On kala azar, malaria and malarial cachexia - Number 19
Disease focus: Malaria
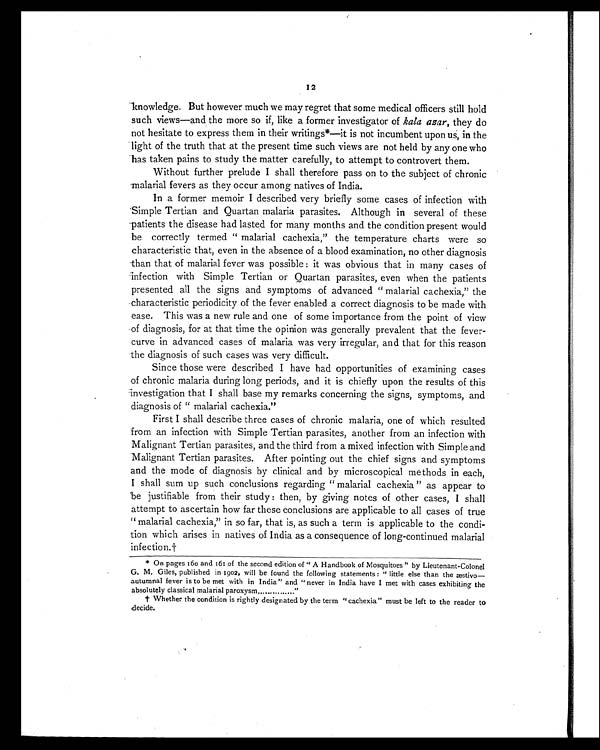
12
knowledge. But however much we may regret that some medical officers still hold
such views—and the more so if, like a former investigator of kala azar, they do
not hesitate to express them in their writings*—it is not incumbent upon us, in the
light of the truth that at the present time such views are not held by any one who
has taken pains to study the matter carefully, to attempt to controvert them.
Without further prelude I shall therefore pass on to the subject of chronic
malarial fevers as they occur among natives of India.
In a former memoir I described very briefly some cases of infection with
Simple Tertian and Quartan malaria parasites. Although in several of these
patients the disease had lasted for many months and the condition present would
be correctly termed "malarial cachexia," the temperature charts were so
characteristic that, even in the absence of a blood examination, no other diagnosis
than that of malarial fever was possible : it was obvious that in many cases of
infection with Simple Tertian or Quartan parasites, even when the patients
presented all the signs and symptoms of advanced "malarial cachexia," the
characteristic periodicity of the fever enabled a correct diagnosis to be made with
ease. This was a new rule and one of some importance from the point of view
of diagnosis, for at that time the opinion was generally prevalent that the fever-
curve in advanced cases of malaria was very irregular, and that for this reason
the diagnosis of such cases was very difficult.
Since those were described I have had opportunities of examining cases
of chronic malaria during long periods, and it is chiefly upon the results of this
investigation that I shall base my remarks concerning the signs, symptoms, and
diagnosis of "malarial cachexia."
First I shall describe three cases of chronic malaria, one of which resulted
from an infection with Simple Tertian parasites, another from an infection with
Malignant Tertian parasites, and the third from a mixed infection with Simple and
Malignant Tertian parasites. After pointing out the chief signs and symptoms
and the mode of diagnosis by clinical and by microscopical methods in each,
I shall sum up such conclusions regarding "malarial cachexia" as appear to
be justifiable from their study : then, by giving notes of other cases, I shall
attempt to ascertain how far these conclusions are applicable to all cases of true
"malarial cachexia," in so far, that is, as such a term is applicable to the condi-
tion which arises in natives of India as a consequence of long-continued malarial
infection.†
* On pages 160 and 161 of the second edition of "A Handbook of Mosquitoes" by Lieutenant-Colonel
G. M. Giles, published in 1902, will be found the following statements : "little else than the æstivo
—autumnal fever is to be met with in India" and "never in India have I met with cases exhibiting the
absolutely classical malarial paroxysm ..............."
† Whether the condition is rightly designated by the term "cachexia" must be left to the reader to
decide.